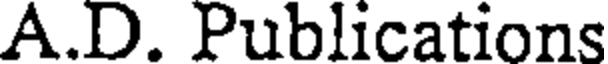
A.D. Publications